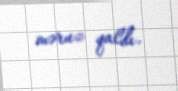
məruz qaldı.